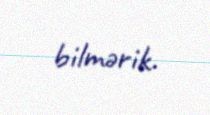
bilmərik.